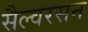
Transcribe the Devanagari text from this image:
सैल्वरसन